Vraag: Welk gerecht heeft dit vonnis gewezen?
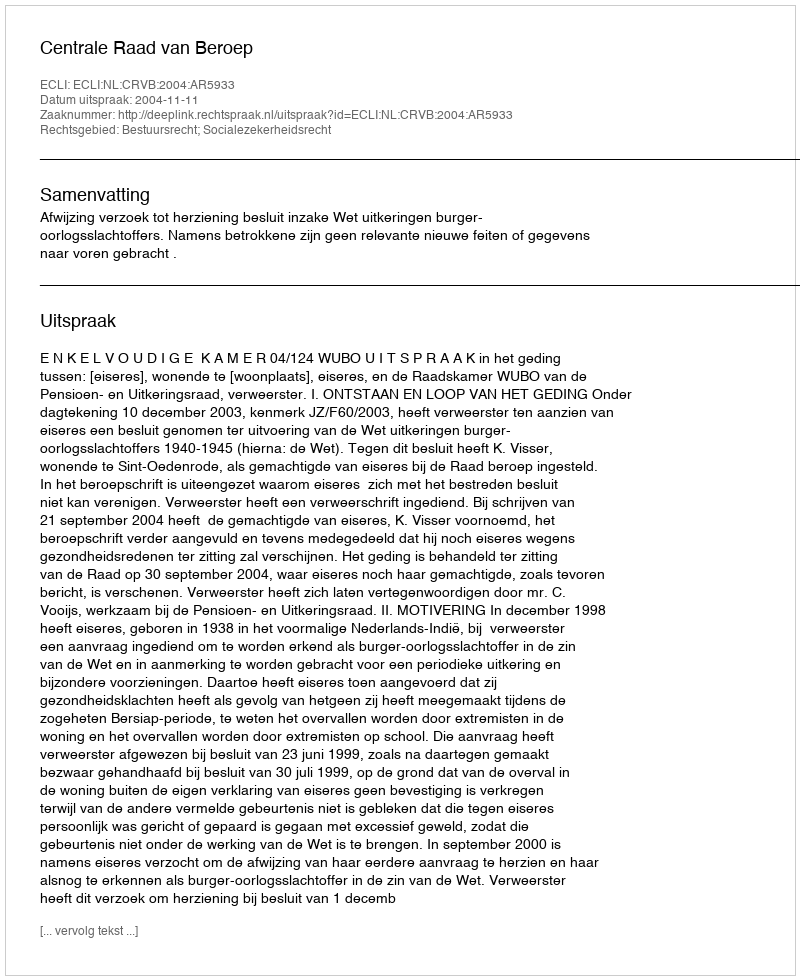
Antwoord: Centrale Raad van Beroep